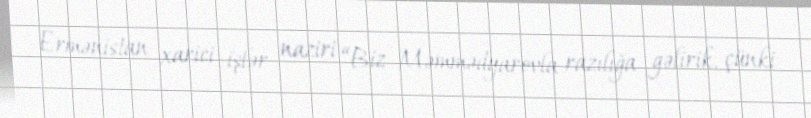
Ermənistan xarici işlər naziri “Biz Məmmədyarovla razılığa gəlirik, çünki